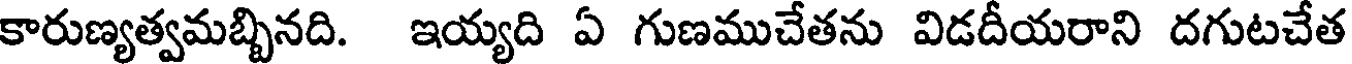
కారుణ్యత్వమబ్బినది. ఇయ్యది ఏ గుణముచేతను విడదీయరాని దగుటచేత